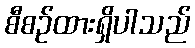
စီစဉ်ထားရှိပါသည်